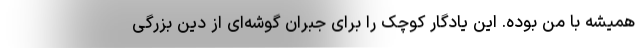
همیشه با من بوده. این یادگار کوچک را برای جبران گوشه‌ای از دینِ بزرگی